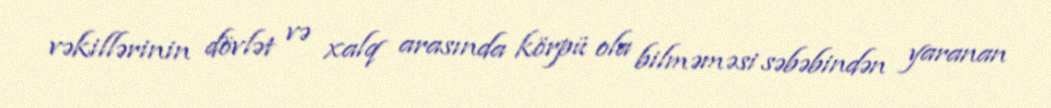
vəkillərinin dövlət və xalq arasında körpü ola bilməməsi səbəbindən yaranan